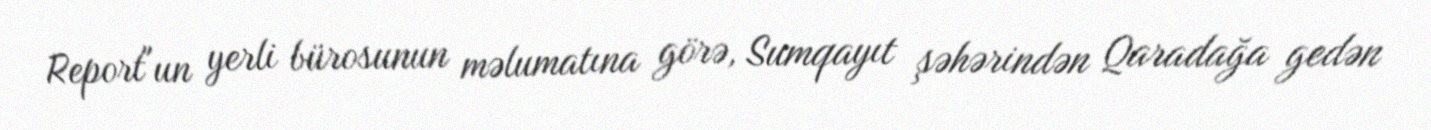
Report"un yerli bürosunun məlumatına görə, Sumqayıt şəhərindən Qaradağa gedən